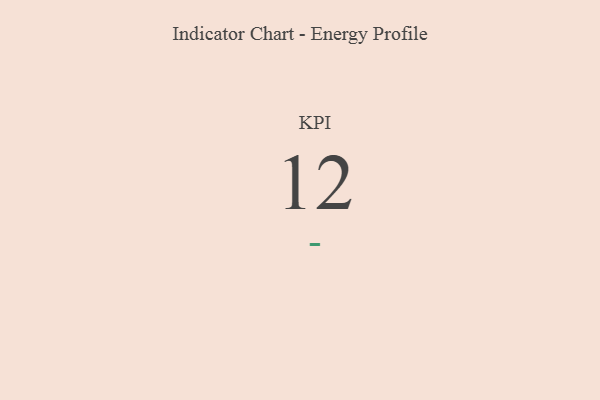
{"axis": {"x": "KPI", "y": "Value"}, "legend": [""], "data": [{"x": "KPI", "y": 12, "type": ""}]}